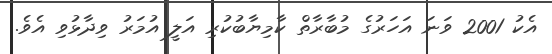
އެކު 2001 ވަނަ އަހަރުގެ މުބާރާތް ކާމިޔާބުކުރި އަލީ އުމަރު ވިދާޅުވި އެވެ.